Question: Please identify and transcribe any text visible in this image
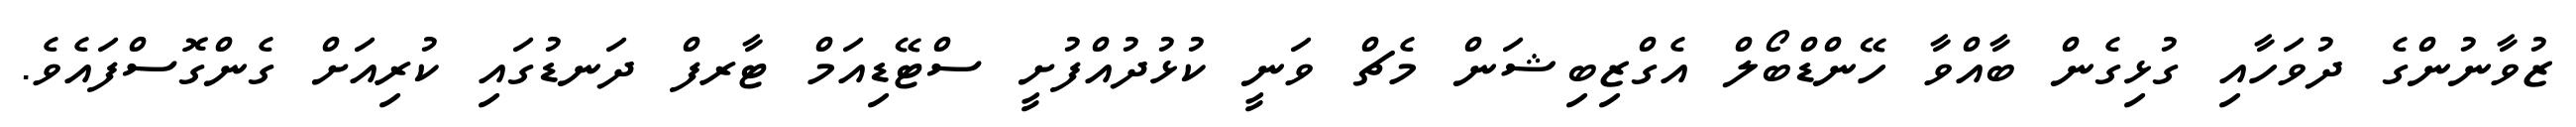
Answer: ޒުވާނުންގެ ދުވަހާއި ގުޅިގެން ބާއްވާ ހޭންޑްބޯލް އެގްޒިބިޝަން މެޗް ވަނީ ކުޅުދުއްފުށީ ސްޓޭޑިއަމް ޓާރފް ދަނޑުގައި ކުރިއަށް ގެންގޮސްފައެވެ.